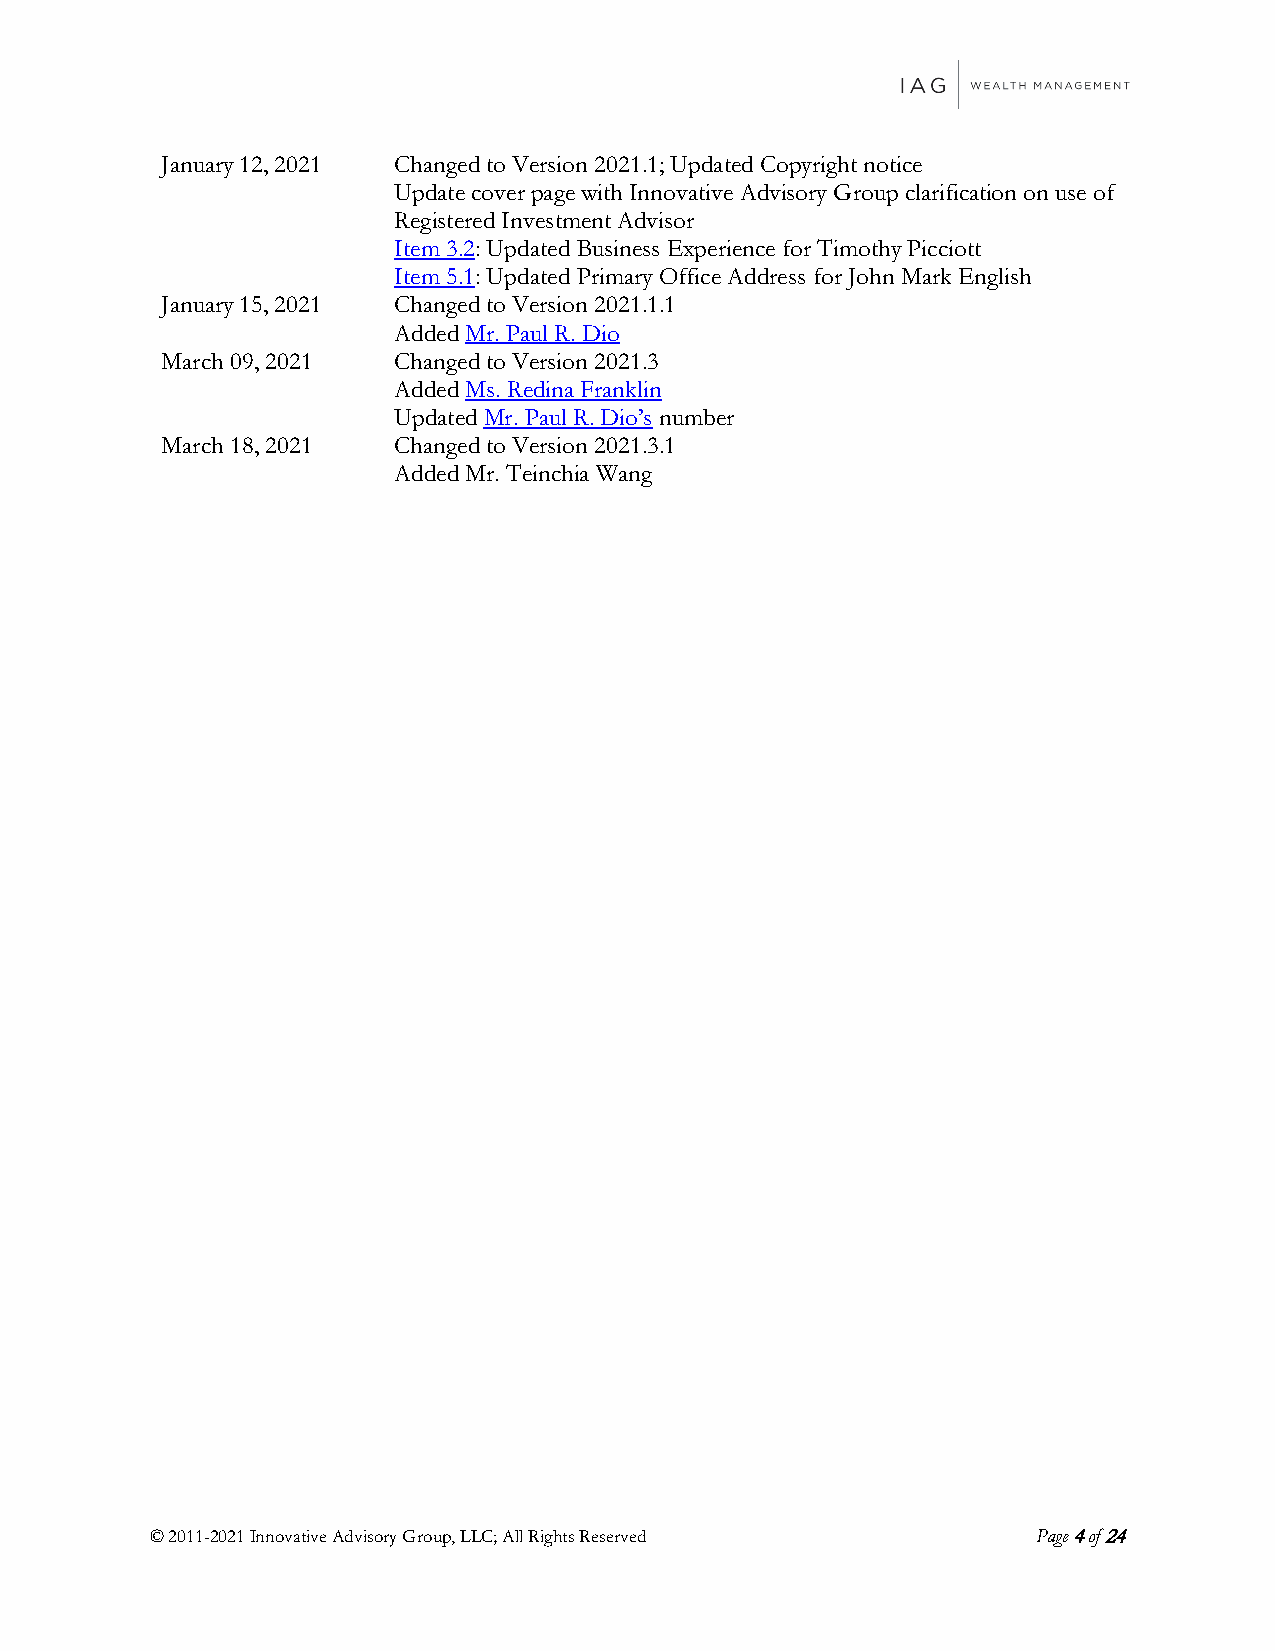
January 12, 2021 Changed to Version 2021.1; Updated Copyright notice
 Update cover page with Innovative Advisory Group clarification on use of
 Registered Investment Advisor
 Item 3.2: Updated Business Experience for Timothy Picciott
 Item 5.1: Updated Primary Office Address for John Mark English
 January 15, 2021 Changed to Version 2021.1.1
 Added Mr. Paul R. Dio
 March 09, 2021 Changed to Version 2021.3
 Added Ms. Redina Franklin
 Updated Mr. Paul R. Dio’s number
 March 18, 2021 Changed to Version 2021.3.1
 Added Mr. Teinchia Wang
 © 2011-2021 Innovative Advisory Group, LLC; All Rights Reserved Page 4 of 24